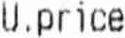
U.PRICE